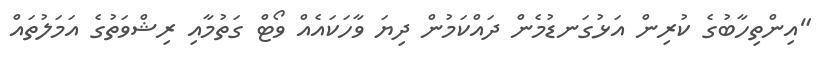
"އިންތިހާބުގެ ކުރިން އަޅުގަނޑުމެން ދައްކަމުން ދިޔަ ވާހަކައެއް ވޯޓް ގަތުމާއި ރިޝްވަތުގެ އަމަލުތައް